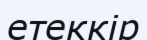
етеккір